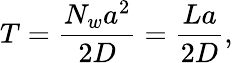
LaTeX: T=\frac{N_{w}a^{2}}{2D}=\frac{La}{2D},